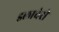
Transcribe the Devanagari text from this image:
इलाचेरी